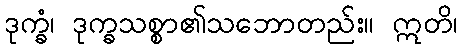
ဒုက္ခံ၊ ဒုက္ခသစ္စာ၏သဘောတည်း။ ဣတိ၊